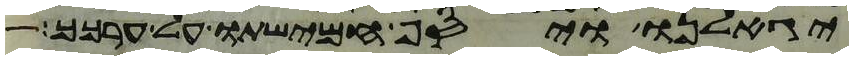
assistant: יגאלנו ויסף חמישתו על ערכך